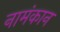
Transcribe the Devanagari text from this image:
नामंकान